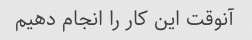
آنوقت این کار را انجام دهیم